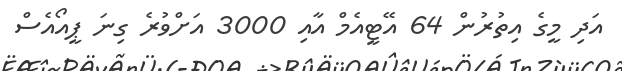
އަދި މީގެ އިތުރުން 64 އޭޓީއެމް އާއި 3000 އަށްވުރެ ގިނަ ޕީއޯއެސް